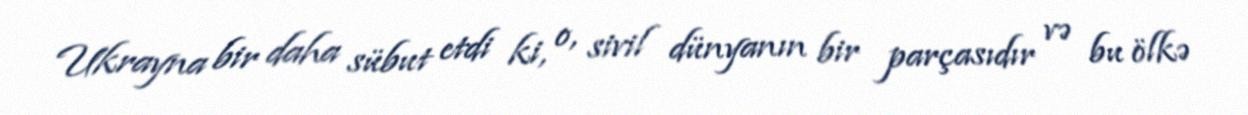
Ukrayna bir daha sübut etdi ki, o, sivil dünyanın bir parçasıdır və bu ölkə